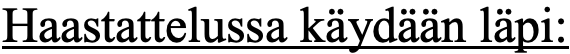
Haastattelussa käydään läpi: